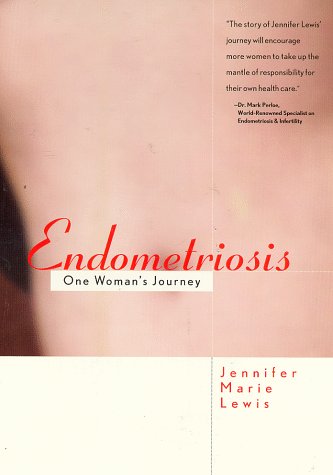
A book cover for Endometriosis: One Woman's Journey; Jennifer Marie Lewis; Health, Fitness & Dieting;